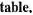
table.